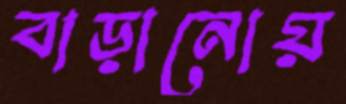
বাড়ানোয়